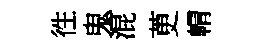
徃鬼混茰㡌